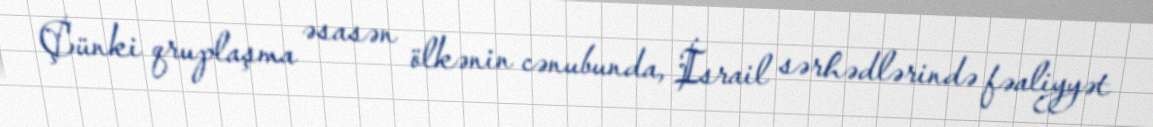
Çünki qruplaşma əsasən ölkənin cənubunda, İsrail sərhədlərində fəaliyyət